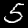
Label: 5